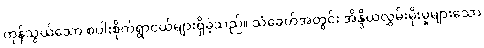
ကုန်သွယ်သော စပါးစိုက်ရွာငယ်များရှိခဲ့သည်။ သံခေတ်အတွင်း အိန္ဒိယလွှမ်းမိုးမှုများသော